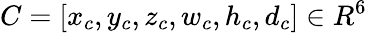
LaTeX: C=[x_{c},y_{c},z_{c},w_{c},h_{c},d_{c}]\in R^{6}